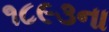
૧૮૯૩ના